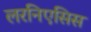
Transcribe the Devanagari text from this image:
लरनिएसिस